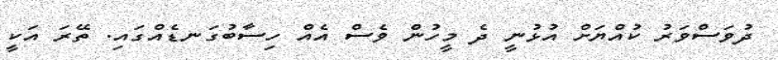
ދުވަސްވަރު ކުއްޔަށް އުޅުނީ ދެ މީހުން ވެސް އެއް ހިސާބުގަނޑެއްގައި. ތޭރަ އަކީ